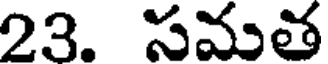
23. సమత